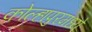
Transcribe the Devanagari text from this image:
कोल्हापुरमध्ये